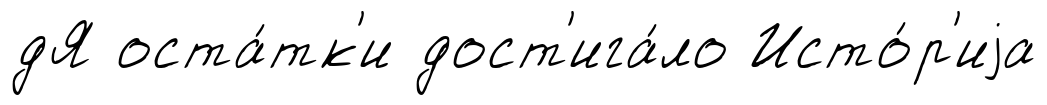
дЯ оста́тк'и дост'ига́ло Исто́р'иjа